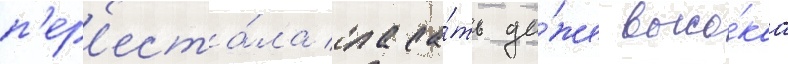
п'ер'еста́ла спаса́ть да́же высо́каа